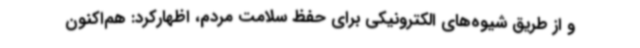
و از طریق شیوه‌های الکترونیکی برای حفظ سلامت مردم، اظهارکرد: هم‌اکنون